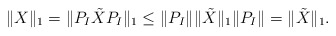
\begin{align*}\|X\|_1=\|P_I\tilde{X}P_I\|_1 \le \|P_I \|\|\tilde{X}\|_1 \|P_I\| = \|\tilde{X}\|_1.\end{align*}